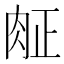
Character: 𰮖